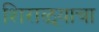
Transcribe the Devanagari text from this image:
शिराळ्याचा